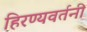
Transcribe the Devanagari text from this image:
हिरण्यवर्तनी